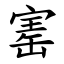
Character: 寚